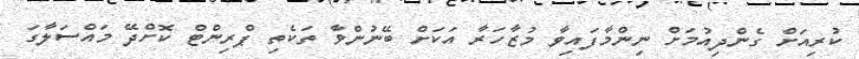
ކުރިއަށް ގެންދިއުމަށް ނިންމާފައިވާ މުޒާހަރާ އަކަށް ބޭނުންވާ ތަކެތި ޕްރިންޓް ކޮށްދޭ މައްސަލާގަ